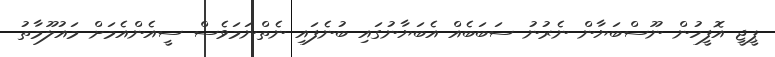
ޕީޖީ އޮފީހުން ނޫސްބަޔާން ނެރުނު ސަބަބެއް އެބަޔާނުގައި ބުނެފައި ނެތްނަމަވެސް ސީއެންއެމަށް މައުލޫމާތު